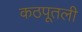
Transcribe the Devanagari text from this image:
कठपूतली